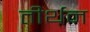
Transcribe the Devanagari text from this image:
तीर्थन